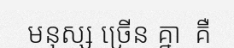
មនុស្ស ច្រើន គ្នា  គឺ